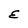
Character: E